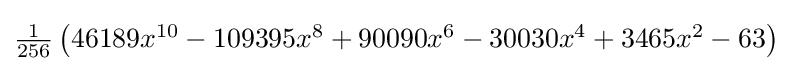
{\textstyle {\tfrac {1}{256}}\left(46189x^{10}-109395x^{8}+90090x^{6}-30030x^{4}+3465x^{2}-63\right)}